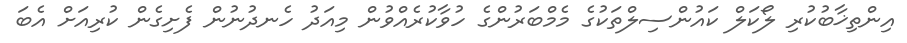
އިންތިޚާބުކުރި ލޯކަލް ކައުންސިލްތަކުގެ މެމްބަރުންގެ ހުވާކުރެއްވުން މިއަދު ހެނދުނުން ފެށިގެން ކުރިއަށް އެބަ